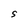
Character: S